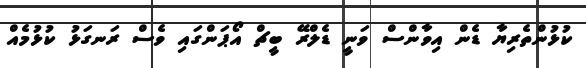
ކުޅުންތެރިޔާ ޑެން އިވާންސް ވަނީ ޑެލްރޭ ބީޗް އޯޕަންގައި ވެސް ރަނގަޅު ކުޅުމެއް